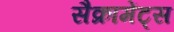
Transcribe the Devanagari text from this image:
सैक्रामेंट्स